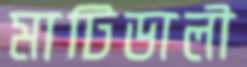
মাটিডালী